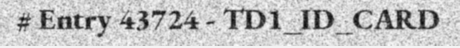
# Entry 43724 - TD1_ID_CARD